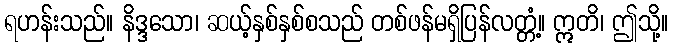
ရဟန်းသည်။ နိဒ္ဒသော၊ ဆယ့်နှစ်နှစ်စသည် တစ်ဖန်မရှိပြန်လတ္တံ့။ ဣတိ၊ ဤသို့။